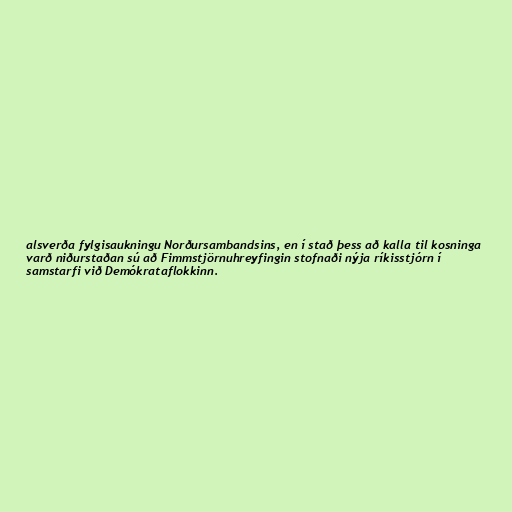
alsverða fylgisaukningu Norðursambandsins, en í stað þess að kalla til kosninga
varð niðurstaðan sú að Fimmstjörnuhreyfingin stofnaði nýja ríkisstjórn í
samstarfi við Demókrataflokkinn.